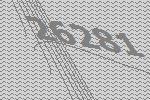
26281